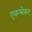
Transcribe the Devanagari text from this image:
एकम्बेकर